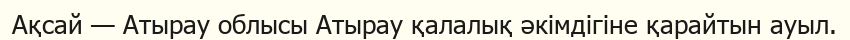
Ақсай — Атырау облысы Атырау қалалық әкімдігіне қарайтын ауыл.